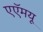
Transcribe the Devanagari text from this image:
एएॅमयू